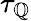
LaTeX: \tau_{\mathbb{Q}}